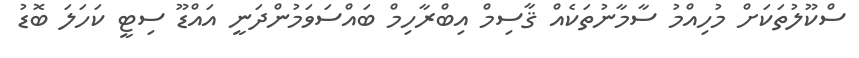
ސްކޫލުތަކަށް މުހިއްމު ސާމާނުތަކެއް ޤާސިމް އިބްރާހިމް ބައްސަވަމުންދަނީ އައްޑޫ ސިޓީ ކަހަލަ ބޮޑު